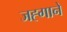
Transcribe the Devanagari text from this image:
जह्गाने